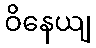
ဝိနေယျ